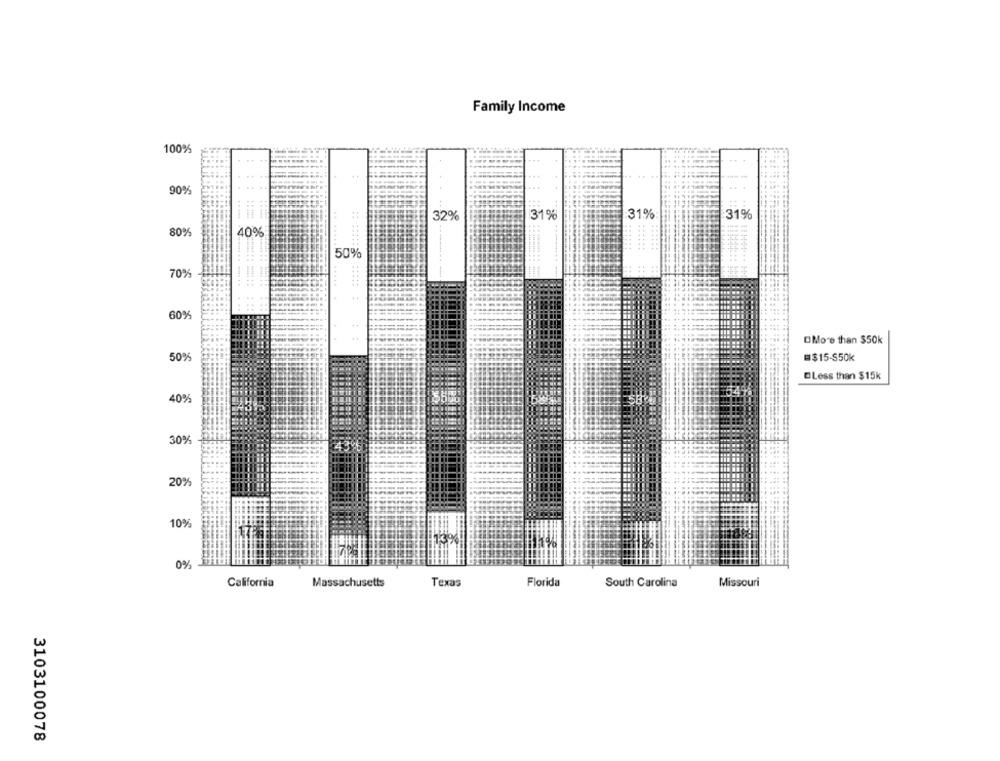
Family Income
100%
.
90%
.. ..
......
32%
31%
31%
31%
80%
40%
.. .....
50%
70%
.....
60%
OMore than $50k
50%
=$15-$50k
ELess than $15k
40%
30%
20%
10%
0%
California
Massachusetts
Texas
Florida
South Carolina
Missouri
3103100078